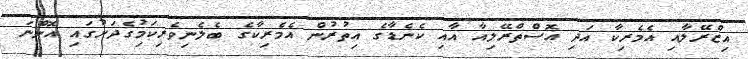
އިޒްރޭލާއި އެމެރިކާ އަދި އޮސްތްރޭލިއާ އާއި ކެނެޑާގެ އިތުރުން އެމެރިކާގެ ބެލެނިވެރިކަމުިގެދަށުގައި އޮންނަ